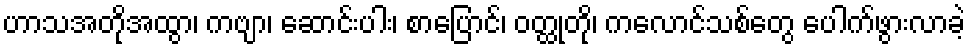
ဟာသအတိုအထွာ၊ ကဗျာ၊ ဆောင်းပါး၊ စာပြောင်၊ ဝတ္ထုတို၊ ကလောင်သစ်တွေ ပေါက်ဖွားလာခဲ့